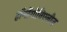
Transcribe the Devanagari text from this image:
हॉर्मोगोनिएलीज़